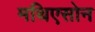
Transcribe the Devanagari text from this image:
मथिएसोन